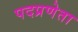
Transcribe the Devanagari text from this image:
पदप्रणेता